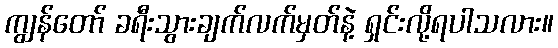
ကျွန်တော် ခရီးသွားချက်လက်မှတ်နဲ့ ရှင်းလို့ရပါသလား။